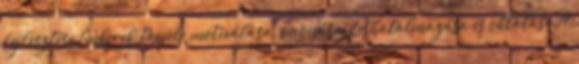
fejlesztése Emberek People motiválása, bevonása, felhatalmazása és oktatása 17